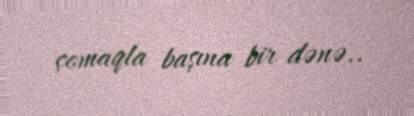
çomaqla başına bir dənə..